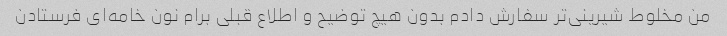
من مخلوط شیرینی‌تر سفارش دادم بدون هیچ توضیح و اطلاع قبلی برام نون خامه‌ای فرستادن